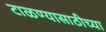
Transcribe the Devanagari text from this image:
टाळण्यासाठीच्या